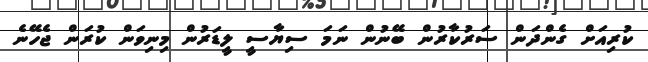
ކުރިއަށް ގެންދަން ސަރުކާރުން ބޭނުން ނަމަ ސިޔާސީ ލީޑަރުން މިނިވަން ކުރަން ޖެހޭނެ